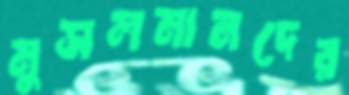
মুসলমানদের